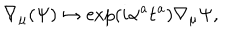
\nabla _ { \mu } ( \Psi ) \mapsto \exp ( i \mathbf { \alpha } ^ { a } \mathbf { t } ^ { a } ) \nabla _ { \mu } \Psi ,